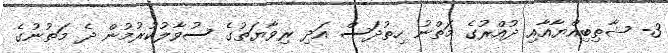
3- ޝާޠިބިއްޔާއާއި ދުއްރުގެ މަތްނު ހިތުދަސް އަދި ރިވާޔަތުގެ ސުވާލުކުރުމުން ދެ މަތުނުގެ